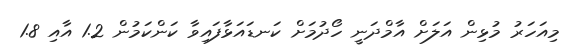
މިއަހަރު މުޅިން އަލަށް އާމްދަނީ ހޯދުމަށް ކަނޑައަޅާފައިވާ ކަންކަމުން 1.2 އާއި 1.8